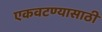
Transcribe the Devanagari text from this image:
एकवटण्यासाठी